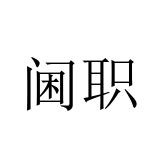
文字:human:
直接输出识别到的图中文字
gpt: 阃职